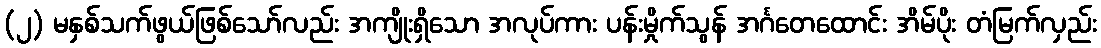
(၂) မနှစ်သက်ဖွယ်ဖြစ်သော်လည်း အကျိုးရှိသော အလုပ်ကား ပန်းမှိုက်သွန် အင်္ဂတေထောင်း အိမ်ပိုး တံမြက်လှည်း